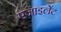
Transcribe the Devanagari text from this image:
एजाइलेंट